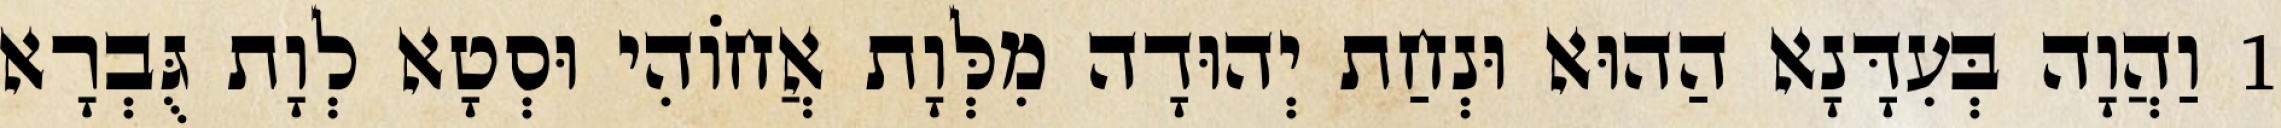
1 וַהֲוָה בְּעִדָּנָא הַהוּא וּנְחַת יְהוּדָה מִלְּוָת אֲחוֹהִי וּסְטָא לְוָת גֻּבְרָא